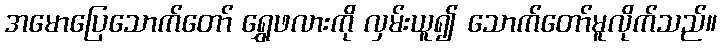
အမောပြေသောက်တော် ရွှေဖလားကို လှမ်းယူ၍ သောက်တော်မူလိုက်သည်။